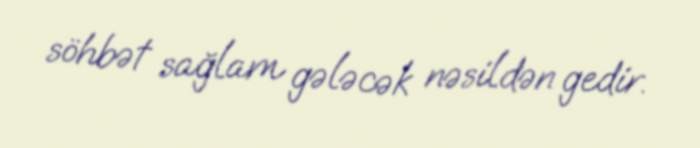
söhbət sağlam gələcək nəsildən gedir.